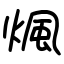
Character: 煈